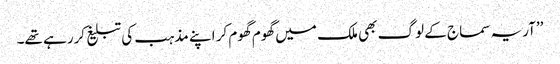
’’آریہ سماج کے لوگ بھی ملک میں گھوم گھوم کر اپنے مذہب کی تبلیغ کررہے تھے۔